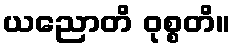
ယညောတိ ဝုစ္စတိ။